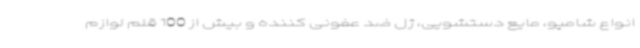
انواع شامپو، مایع دستشویی، ژل ضد عفونی کننده و بیش از 100 قلم لوازم